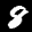
Label: 8